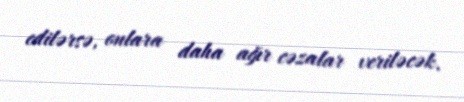
edilərsə, onlara daha ağır cəzalar veriləcək.